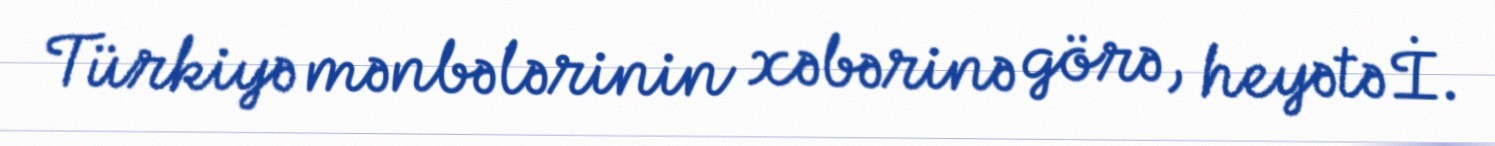
Türkiyə mənbələrinin xəbərinə görə, heyətə İ.